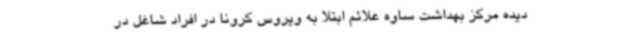
دیده مرکز بهداشت ساوه علائم ابتلا به ویروس کرونا در افراد شاغل در